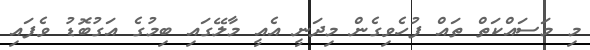
މި މަސައްކަތް ތައް ފުހެވިގެން މިދަނީ އެއީ މާލޭގައި ބިމުގެ އަގުބޮޑު ވެފައި